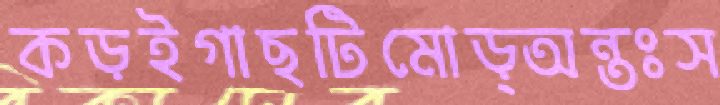
কড়ইগাছটিমোড়্‌অন্তঃস